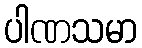
ပါဏသမာ